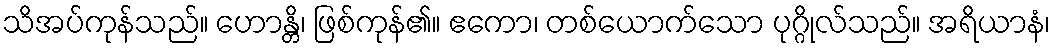
သိအပ်ကုန်သည်။ ဟောန္တိ၊ ဖြစ်ကုန်၏။ ဧကော၊ တစ်ယောက်သော ပုဂ္ဂိုလ်သည်။ အရိယာနံ၊